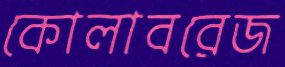
কোলাবরেজ